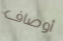
أوصاف